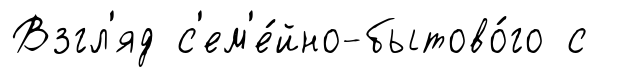
Взгл'яд с'ем'е́йно-бытово́го с